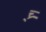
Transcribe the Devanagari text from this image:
च्र्